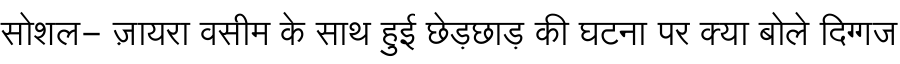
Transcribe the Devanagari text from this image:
सोशल- ज़ायरा वसीम के साथ हुई छेड़छाड़ की घटना पर क्या बोले दिग्गज